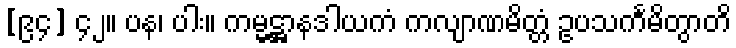
[၉၄] ၄၂။ ပန၊ ပါး။ ကမ္မဋ္ဌာနဒါယကံ ကလျာဏမိတ္တံ ဥပသင်္ကမိတွာတိ